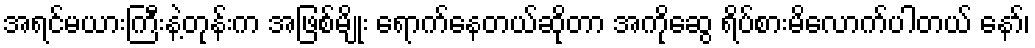
အရင်မယားကြီးနဲ့တုန်းက အဖြစ်မျိုး ရောက်နေတယ်ဆိုတာ အကိုဆွေ ရိပ်စားမိလောက်ပါတယ် နော်၊